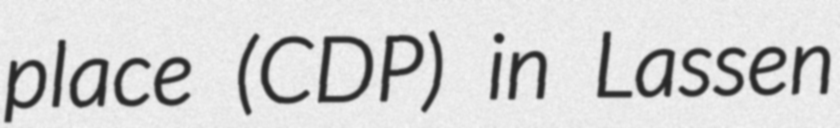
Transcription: place (CDP) in Lassen